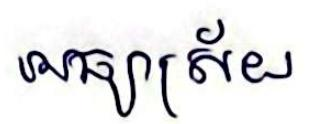
អធ្យាស្រ័យ